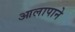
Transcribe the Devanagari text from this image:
आलापाने